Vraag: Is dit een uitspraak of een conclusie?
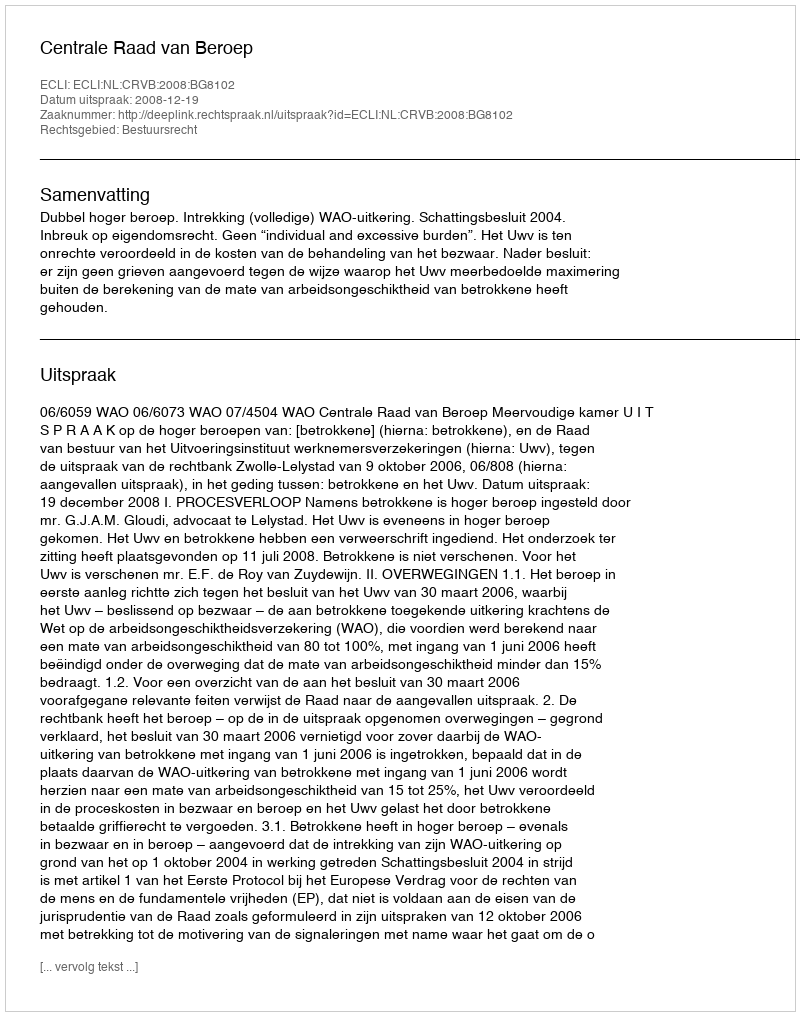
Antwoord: Uitspraak